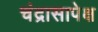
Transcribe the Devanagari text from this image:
चंद्रासापेक्ष